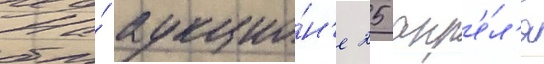
На́ аукцио́н'е 25 апр'е́л'я